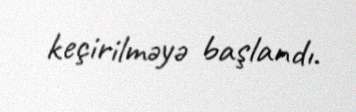
keçirilməyə başlandı.